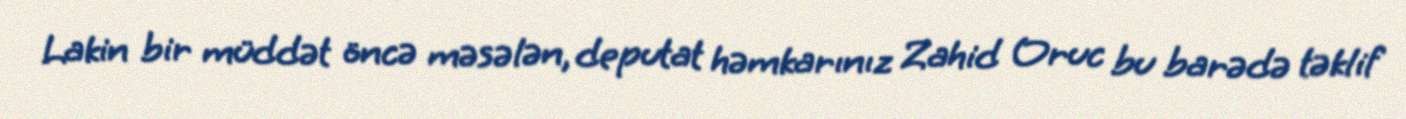
Lakin bir müddət öncə məsələn, deputat həmkarınız Zahid Oruc bu barədə təklif